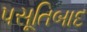
પસૂતિબાદ